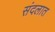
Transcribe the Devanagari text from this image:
संदलात